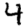
Digit: 4